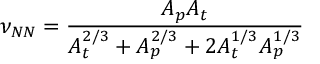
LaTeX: \nu _ { N N } = \frac { A _ { p } A _ { t } } { A _ { t } ^ { 2 / 3 } + A _ { p } ^ { 2 / 3 } + 2 A _ { t } ^ { 1 / 3 } A _ { p } ^ { 1 / 3 } }